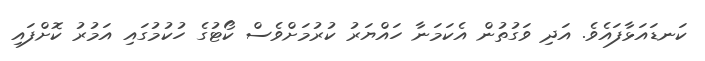
ކަނޑައަޅާފައެވެ. އަދި ވަގުތުން އެކަމަނާ ހައްޔަރު ކުރުމަށްވެސް ކޯޓުގެ ހުކުމުގައި އަމުރު ކޮށްފައި